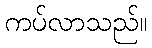
ကပ်လာသည်။